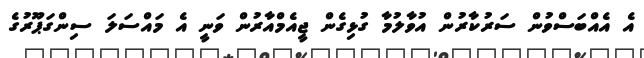
އެ އެއްބަސްވުން ސަރުކާރުން އުވާލުމާ ގުޅިގެން ޖީއެމްއާރުން ވަނީ އެ މައްސަލަ ސިންގަޕޫރުގެ